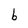
Character: b